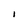
Character: I